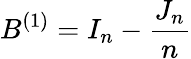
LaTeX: B^{(1)}=I_{n}-{\frac{J_{n}}{n}}